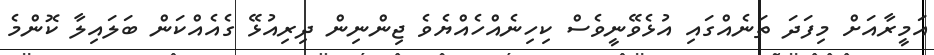
އަމީރާއަށް މިފަދަ ތަނެއްގައި އުޅެވޭނީވެސް ކިހިނެއްހެއްޔެވެ ޖިންނިން ދިރިއުޅޭ ގެއެއްކަން ބަލައިލާ ކޮންމެ